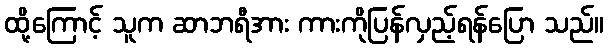
ထို့ကြောင့် သူက ဆာဘရီအား ကားကိုပြန်လှည့်ရန်ပြော သည်။